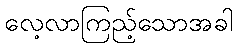
လေ့လာကြည့်သောအခါ